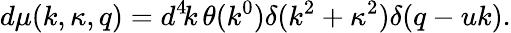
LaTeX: d\mu(k,\kappa,q)=d^{4}\! k\, \theta(k^{0})\delta(k^{2}+\kappa^{2})\delta(q-uk).